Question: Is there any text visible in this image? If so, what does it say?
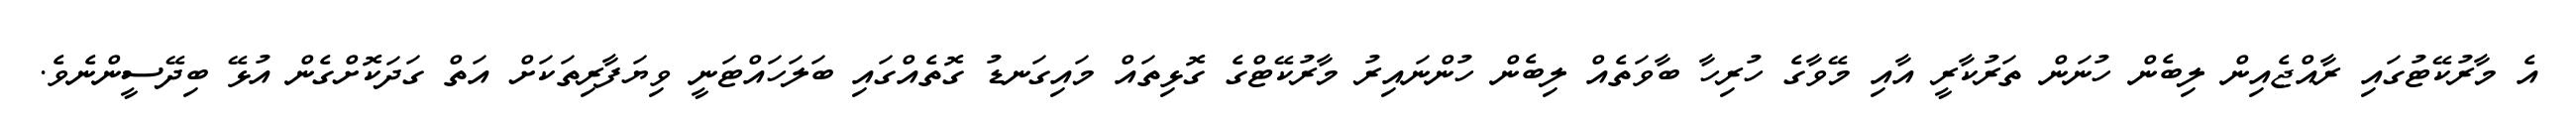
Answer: އެ މާރުކޭޓުގައި ރާއްޖެއިން ލިބެން ހުނަން ތަރުކާރީ އާއި މޭވާގެ ހުރިހާ ބާވަތެއް ލިބެން ހުންނައިރު މާރުކޭޓްގެ ގޮޅިތައް މައިގަނޑު ގޮތެއްގައި ބަލަހައްޓަނީ ވިޔަފާރިތަކަށް އަތް ގަދަކޮށްގެން އުޅޭ ބިދޭސީންނެވެ.